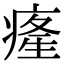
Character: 𤸇